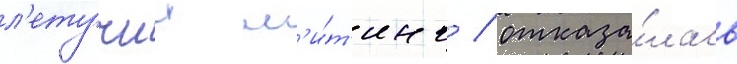
л'етучии м'и́т'инг / отказа́лась